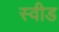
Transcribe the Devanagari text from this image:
स्वीड